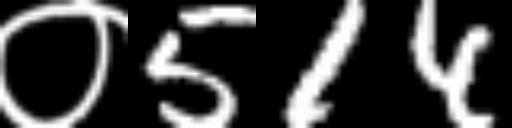
Text: ०514